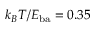
k _ { B } T / E _ { \mathrm { b a } } = 0 . 3 5